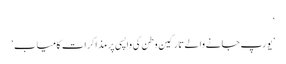
‘
’یورپ جانے والے تارکین وطن کی واپسی پر مذاکرات کامیاب‘